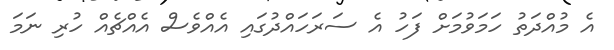
އެ މުއްދަތު ހަމަވުމަށް ފަހު އެ ސަރަހައްދުގައި އެއްވެސް އެއްޗެއް ހުރި ނަމަ